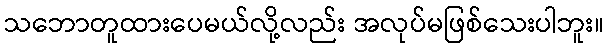
သဘောတူထားပေမယ်လို့လည်း အလုပ်မဖြစ်သေးပါဘူး။